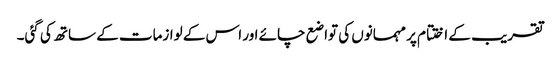
تقریب کے اختتام پر مہمانوں کی تواضع چائے اور اس کے لوازمات کے ساتھ کی گئی۔